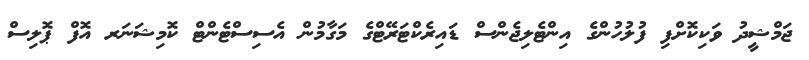
ޖަމްޝީދު ވަކިކޮށްފި ފުލުހުންގެ އިންޓެލިޖެންސް ޑައިރެކްޓަރޭޓްގެ މަގާމުން އެސިސްޓެންޓް ކޮމިޝަނަރ އޮފް ޕޮލިސް